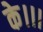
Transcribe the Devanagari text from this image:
के।।।